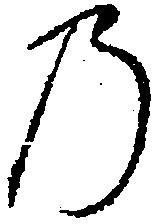
の